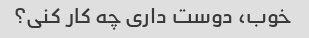
خوب، دوست داری چه کار کنی؟